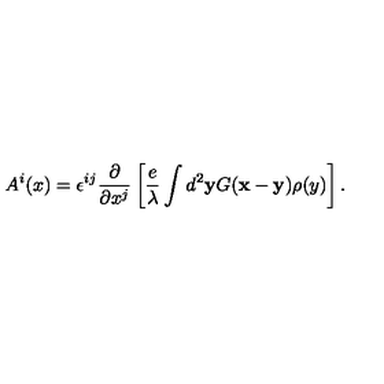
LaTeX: A ^ { i } ( x ) = \epsilon ^ { i j } \frac { \partial } { \partial x ^ { j } } \left[ \frac { e } { \lambda } \int d ^ { 2 } { \bf y } G ( { \bf x } - { \bf y } ) \rho ( y ) \right] .